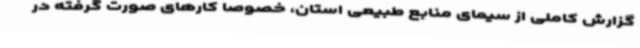
گزارش کاملی از سیمای منابع طبیعی استان، خصوصاً کارهای صورت گرفته در